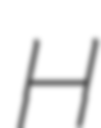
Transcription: H